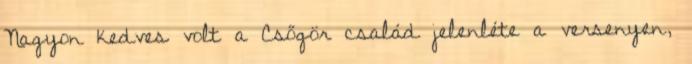
Nagyon kedves volt a Csőgör család jelenléte a versenyen,